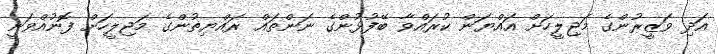
އަދި ވަޒީރުންގެ މަޖިލީހަށް އައްޔަން ކުރައްވާ ބޭފުޅުންގެ ނަންތައް ރައްޔިތުންގެ މަޖިލީހަށް ފޮނުއްވަނީ